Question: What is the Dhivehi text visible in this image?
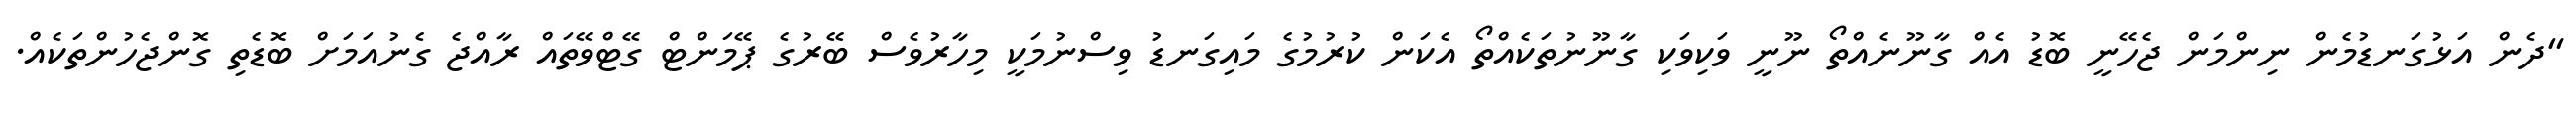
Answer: "ދެން އަޅުގަނޑުމެން ނިންމަން ޖެހޭނީ ބޮޑު އެއް ގާނޫނެއްތޯ ނޫނީ ވަކިވަކި ގާނޫނުތަކެއްތޯ އެކަން ކުރުމުގެ މައިގަނޑު ވިސްނުމަކީ މިހާރުވެސް ބޭރުގެ ޕޭމަންޓް ގޭޓްވޭތައް ރާއްޖެ ގެނުއަމަށް ބޮޑެތި ގޮންޖެހުންތަކެއް.